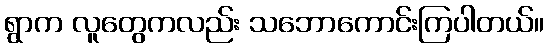
ရွာက လူတွေကလည်း သဘောကောင်းကြပါတယ်။